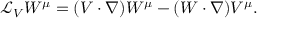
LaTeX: { \mathcal { L } } _ { V } W ^ { \mu } = ( V \cdot \nabla ) W ^ { \mu } - ( W \cdot \nabla ) V ^ { \mu } .